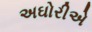
અઘોરીએ